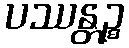
ပဿန္တဉ္စ